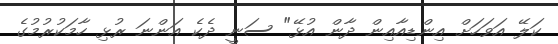
ކަލޭ އަވަހަށް އިންޑިއާއިން ދާން އުޅޭ" ސަނީ ދެކެ އަންނަ ރުޅި ހާމަކުރުމުގެ